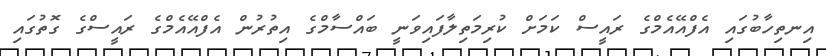
އިނތިހާބުގައި އެފްއޭއެމްގެ ރައީސް ކަމަށް ކުރިމަތިލާފައިވަނީ ބައްސާމްގެ އިތުރުން އެފްއޭއެމްގެ ރައީސްގެ ގޮތުގައި